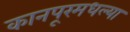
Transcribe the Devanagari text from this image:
कानपूरमधल्या